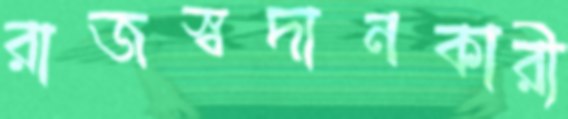
রাজস্বদানকারী